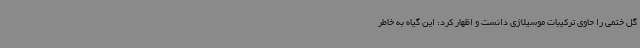
گل ختمی را حاوی ترکیبات موسیلاژی دانست و اظهار کرد: این گیاه به خاطر